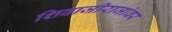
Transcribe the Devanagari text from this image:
शिवाजीराजांवर